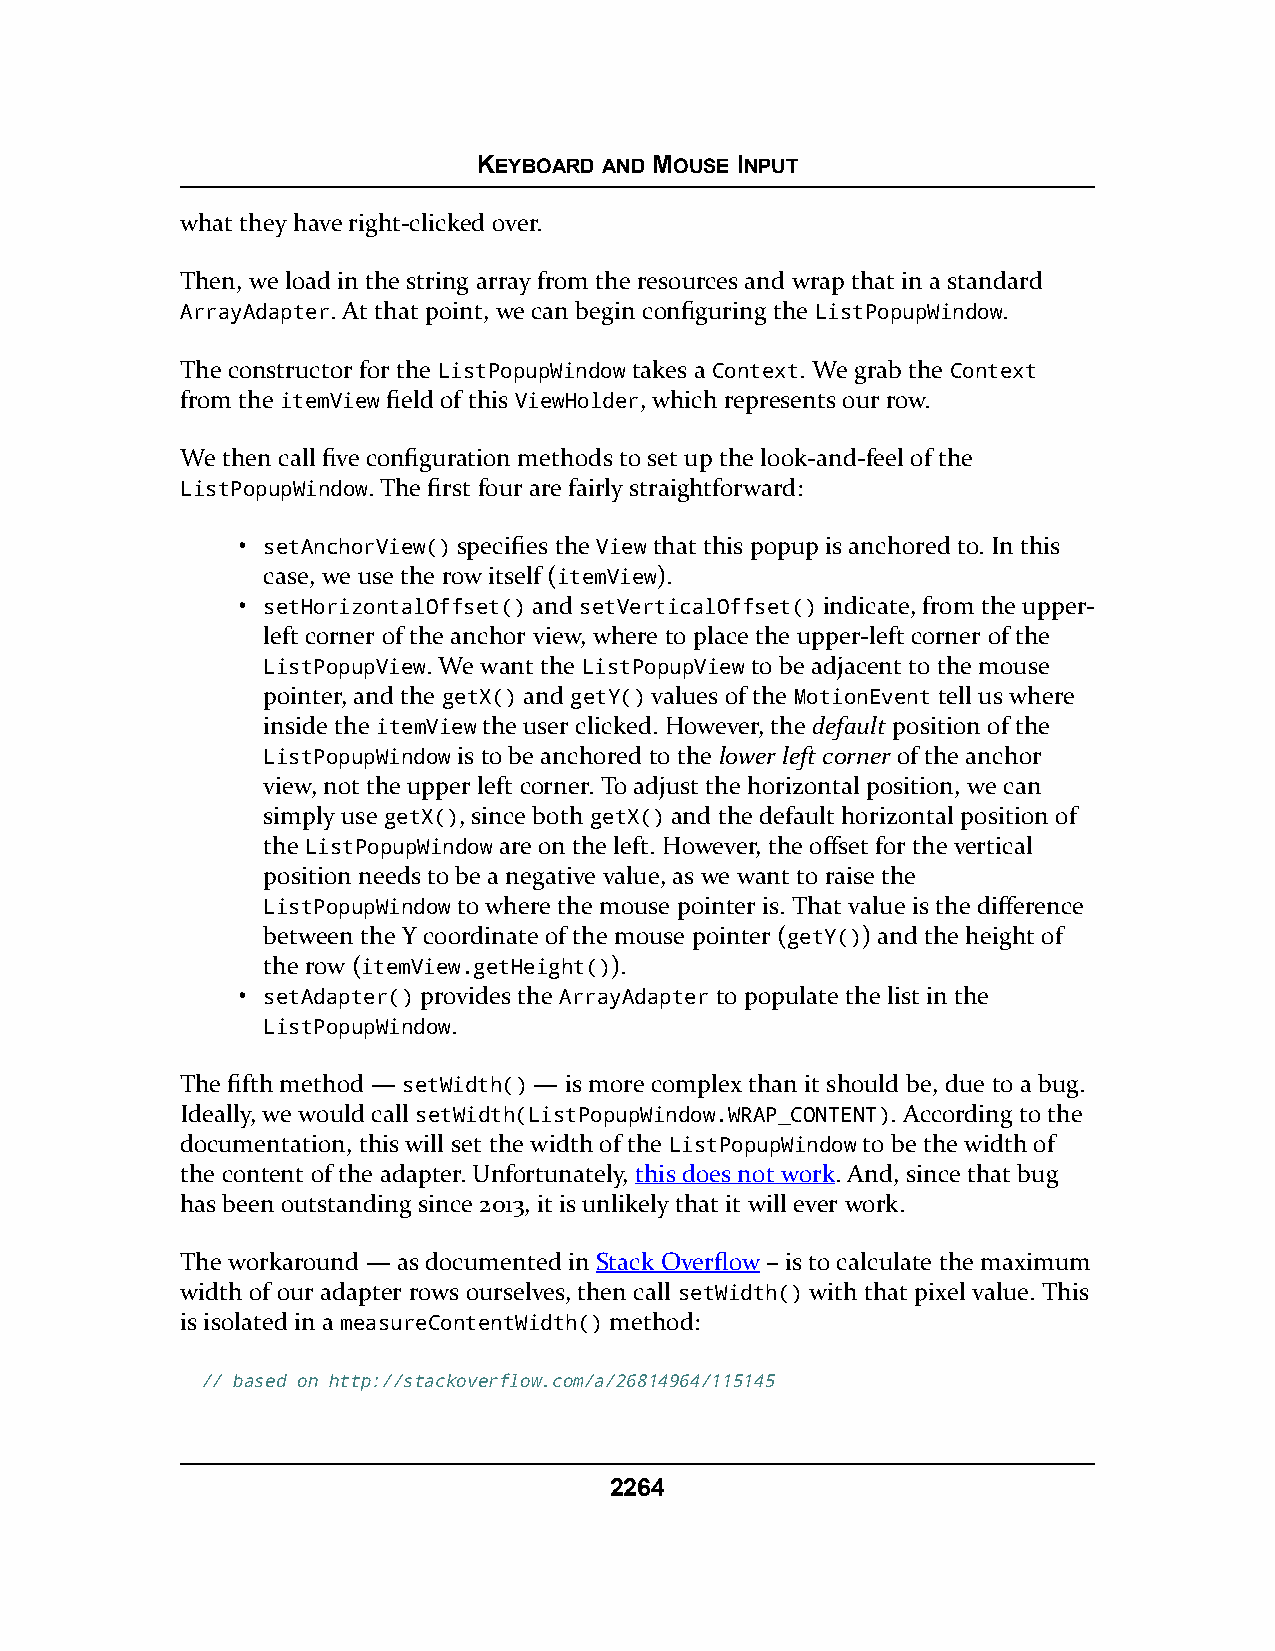
KEYBOARD AND MOUSE INPUT
 what they have right-clicked over.
 Then, we load in the string array from the resources and wrap that in a standard
 ArrayAdapter. At that point, we can begin configuring the ListPopupWindow.
 The constructor for the ListPopupWindow takes a Context. We grab the Context
 from the itemView field of this ViewHolder, which represents our row.
 We then call five configuration methods to set up the look-and-feel of the
 ListPopupWindow. The first four are fairly straightforward:
 • setAnchorView() specifies the View that this popup is anchored to. In this
 case, we use the row itself (itemView).
 • setHorizontalOffset() and setVerticalOffset() indicate, from the upper-
 left corner of the anchor view, where to place the upper-left corner of the
 ListPopupView. We want the ListPopupView to be adjacent to the mouse
 pointer, and the getX() and getY() values of the MotionEvent tell us where
 inside the itemView the user clicked. However, the default position of the
 ListPopupWindow is to be anchored to the lower left corner of the anchor
 view, not the upper left corner. To adjust the horizontal position, we can
 simply use getX(), since both getX() and the default horizontal position of
 the ListPopupWindow are on the left. However, the offset for the vertical
 position needs to be a negative value, as we want to raise the
 ListPopupWindow to where the mouse pointer is. That value is the difference
 between the Y coordinate of the mouse pointer (getY()) and the height of
 the row (itemView.getHeight()).
 • setAdapter() provides the ArrayAdapter to populate the list in the
 ListPopupWindow.
 The fifth method — setWidth() — is more complex than it should be, due to a bug.
 Ideally, we would call setWidth(ListPopupWindow.WRAP_CONTENT). According to the
 documentation, this will set the width of the ListPopupWindow to be the width of
 the content of the adapter. Unfortunately, this does not work. And, since that bug
 has been outstanding since 2013, it is unlikely that it will ever work.
 The workaround — as documented in Stack Overflow – is to calculate the maximum
 width of our adapter rows ourselves, then call setWidth() with that pixel value. This
 is isolated in a measureContentWidth() method:
 // based on http://stackoverflow.com/a/26814964/115145
 2264